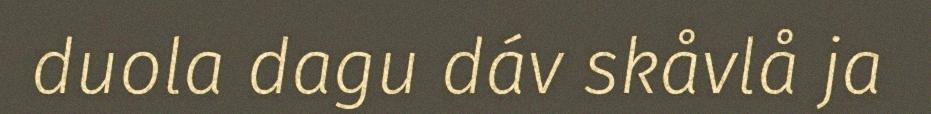
duola dagu dáv skåvlå ja